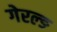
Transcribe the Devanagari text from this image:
गेरल्ङ